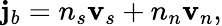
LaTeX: {\mathbf j}_{b}=n_{s}{\mathbf v}_{s}+n_{n}{\mathbf v}_{n},